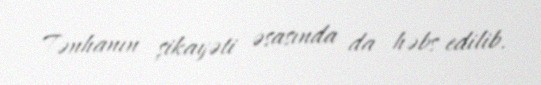
Tənhanın şikayəti əsasında da həbs edilib.